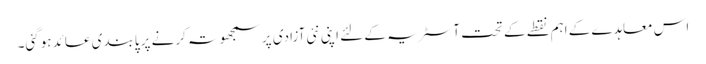
اس معاہدے کے اہم نقطے کے تحت آسٹریہ کے لئے اپنی نئی آزادی پر سمجھوتہ کرنے پر پابندی عائد ہوگئی۔